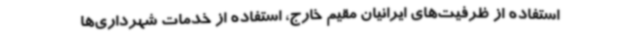
استفاده از ظرفیت‌های ایرانیان مقیم خارج، استفاده از خدمات شهرداری‌ها